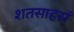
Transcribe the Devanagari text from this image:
शतसाहस्रं